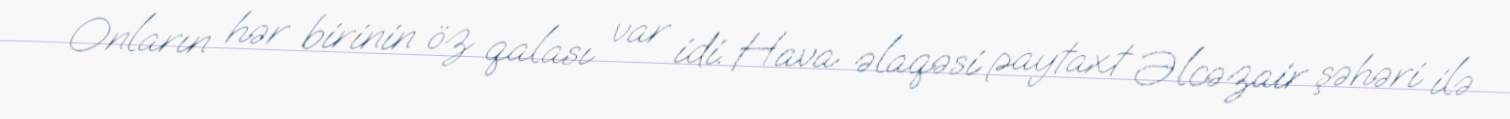
Onların hər birinin öz qalası var idi. Hava əlaqəsi paytaxt Əlcəzair şəhəri ilə